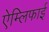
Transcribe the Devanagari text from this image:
ऐम्लिफाई